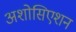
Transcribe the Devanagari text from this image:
अशोसिएशन